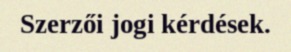
Szerzői jogi kérdések.